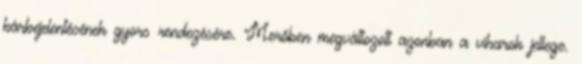
kárbejelentésének gyors rendezésére. Merőben megváltozott azonban a viharok jellege.